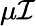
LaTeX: \mu\mathcal{I}